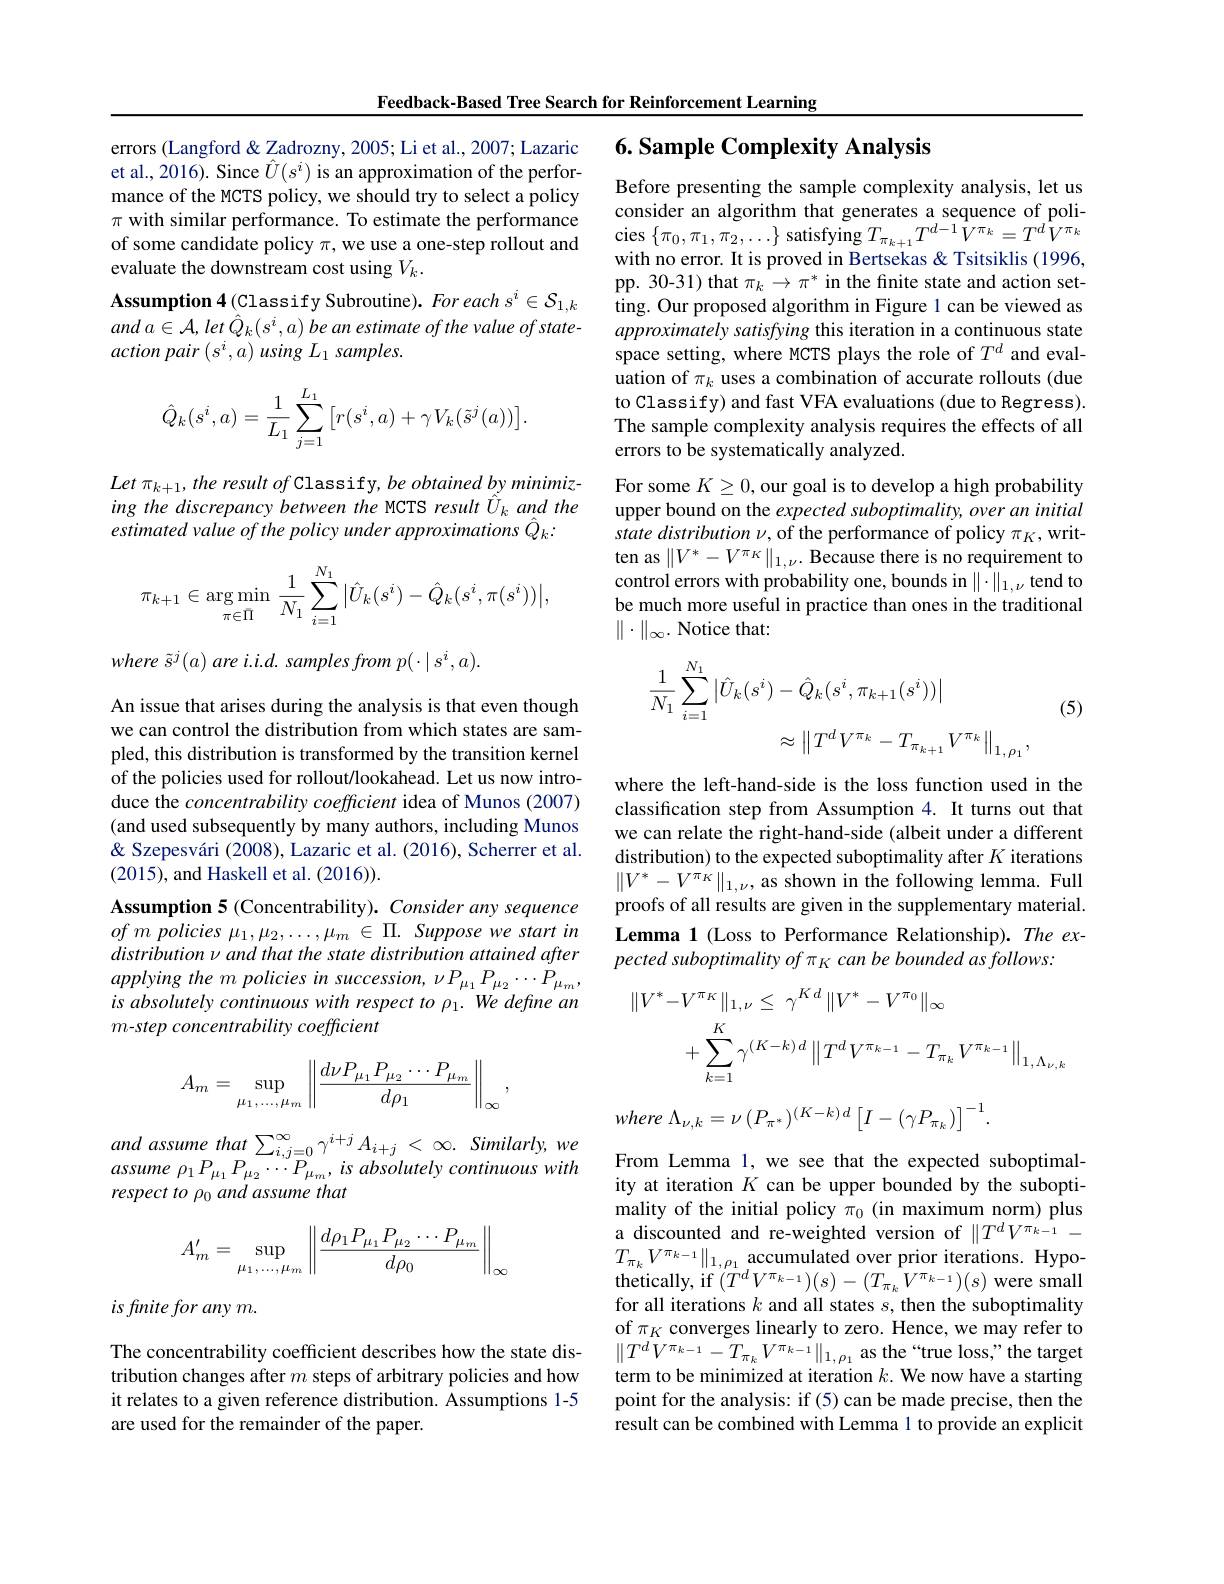
Feedback-Based Tree Search for Reinforcement Learning

errors (Langford & Zadrozny, 2005; Li et al., 2007; Lazaric et al., 2016). Since $\hat{U}(s^i)$ is an approximation of the performance of the MCTS policy, we should try to select a policy $\pi$ with similar performance. To estimate the performance of some candidate policy $\pi$, we use a one-step rollout and evaluate the downstream cost using $V_k.$
Assumption 4(Classify Subroutine). For each $s^i\in\mathcal{S}_{1,k}$ and $a\in {\mathcal{A} }, let$ $\dot{\hat{Q} } _{k}( s^{i}, a)$ $\dot{b} e$ $an$ estimate $of$ the value $of$ $state-$ action pair $(s^i,a)$ using $L_1\textit{samples. }$
$$\hat{Q}_k(s^i,a)=\frac{1}{L_1}\sum_{j=1}^{L_1}\begin{bmatrix}r(s^i,a)+\gamma V_k(\tilde{s}^j(a))\end{bmatrix}.$$
Let $\pi _{k+ 1}$, the result $of$ Classify, be obtained by minimiz- ing the discrepancy between the MCTS result $\hat{U}_k$ and the estimated value of the policy under approximations $\hat{Q}_k:$
$$\pi_{k+1}\in\underset{\pi\in\bar{\Pi}}{\arg\min}\:\frac{1}{N_1}\sum_{i=1}^{N_1}\big|\hat{U}_k(s^i)-\hat{Q}_k(s^i,\pi(s^i))\big|,$$
$where~\tilde{s}^{j}(a)~are~i.i.d.~samples~from~p(\cdot\mid s^{i},a).$

An issue that arises during the analysis is that even though we can control the distribution from which states are sampled, this distribution is transformed by the transition kernel of the policies used for rollout/lookahead. Let us now introduce the concentrability coefficient idea of Munos (2007) (and used subsequently by many authors, including Munos & Szepesvári (2008), Lazaric et al. (2016), Scherrer et al. (2015), and Haskell et al. (2016)).
Assumption 5 (Concentrability). Consider any sequence $ofmpolicies~\mu_1,\mu_2,\ldots,\mu_m~\in~\Pi.~Suppose~we~start~in$ distribution $\nu$ and that the state distribution attained after applying the m policies in succession, v P $P_{\mu_1}P_{\mu_2}\cdots P_{\mu_m}$, is absolutely continuous with respect to $\rho _1. \textit{We define an}$ m-step concentrability coefficient
$$A_m=\sup\limits_{\mu_1,\dots,\mu_m}\left\|\frac{d\nu P_{\mu_1}P_{\mu_2}\cdots P_{\mu_m}}{d\rho_1}\right\|_\infty,$$
and assume that $\sum _{i, j= 0}^{\infty }\gamma ^{i+ j}A_{i+ j}$ < $\infty .$ $Similarly$, $we$ assume $\rho _{1}P_{\mu _{1}}P_{\mu _{2}}\cdots P_{\mu _{m}}, is$ absolutely continuous with respect to po and assume that
$$A_m'=\sup_{\mu_1,...,\mu_m}\left\|\frac{d\rho_1P_{\mu_1}P_{\mu_2}\cdots P_{\mu_m}}{d\rho_0}\right\|_\infty $$
is finite for any m.

The concentrability coefficient describes how the state distribution changes after $m$ steps of arbitrary policies and how it relates to a given reference distribution. Assumptions 1-5 are used for the remainder of the paper.

## $6. \textbf{Sample Complexity Analysis}$

Before presenting the sample complexity analysis, let us consider an algorithm that generates a sequence of poli- $\operatorname{cies}\left\{\pi_{0},\pi_{1},\pi_{2},\ldots\right\}$satisfying$T_\pi_{k+1}T^{d-1}V^{\pi_{k}}=T^{d}V^{\pi_{k}}$ with no error. It is proved in Bertsekas & Tsitsiklis (1996, pp. 30-31) that $\pi_k\to\pi^*$ in the finite state and action setting. Our proposed algorithm in Figure 1 can be viewed as approximately satisfying this iteration in a continuous state space setting, where MCTS plays the role of $T^d$ and evaluation of $\pi_k$ uses a combination of accurate rollouts (due to Classify) and fast VFA evaluations (due to Regress). The sample complexity analysis requires the effects of all errors to be systematically analyzed.
For some $K\geq0$, our goal is to develop a high probability upper bound on the expected suboptimality, over an initial state distribution $\nu$, of the performance of policy $\pi_K$,written as $\|V^*-V^{\pi_K}\|_{1,\nu}.$ Because there is no requirement to control errors with probability one, bounds in $\|\cdot\|_{1,\nu}$ tend to be much more useful in practice than ones in the traditional $\|\cdot\|_\infty.$ Notice that:
$$\begin{aligned}\frac{1}{N_{1}}\sum_{i=1}^{N_{1}}\left|\hat{U}_{k}(s^{i})-\hat{Q}_{k}(s^{i},\pi_{k+1}(s^{i}))\right|\\&\approx\left\|T^{d}V^{\pi_{k}}-T_{\pi_{k+1}}V^{\pi_{k}}\right\|_{1,\rho_{1}},\end{aligned}$$
(5)

where the left-hand-side is the loss function used in the classification step from Assumption 4. It turns out that we can relate the right-hand-side (albeit under a different distribution) to the expected suboptimality after $K$ iterations $\| V^{* }- V^{\pi ^{\prime }K}\| _{1, \nu }, \textbf{as shown in the following lemma. Full}$ proofs of all results are given in the supplementary material. Lemma 1 (Loss to Performance Relationship).The expected suboptimality of π K can be bounded as follows:
$$\begin{aligned}\|V^{*}-V^{\pi_{K}}\|_{1,\nu}&\leq\:\gamma^{K\:d}\:\|V^{*}-V^{\pi_{0}}\|_{\infty}\\&+\sum_{k=1}^{K}\gamma^{(K-k)\:d}\left\|T^{d}V^{\pi_{k-1}}-T_{\pi_{k}}V^{\pi_{k-1}}\right\|_{1,\Lambda_{\nu,k}}\end{aligned}$$
$$\cdot\Lambda_{\nu,k}=\nu\:(P_{\pi^{*}})^{(K-k)\:d}\left[I-(\gamma P_{\pi_{k}})\right]^{-1}.$$
From Lemma 1, we see that the expected suboptimality at iteration $K$ can be upper bounded by the suboptimality of the initial policy $\pi_0$ (in maximum norm) plus a discounted and re-weighted version of $\|T^dV^{\pi_{k-1}}-$ $T_{\pi_{k}}V^{\pi_{k-1}}\|_{1,\rho_{1}}$accumulated over prior iterations. Hypothetically, if $(T^dV^{\pi_{k-1}})(s)-(T_{\pi_{k}}\hat{V}^{\pi_{k-1}})(s)$ were small for all iterations $k$ and all states $s$, then the suboptimality of $\pi_K$ converges linearly to zero. Hence, we may refer to $\|T^{d}V^{\pi_{k-1}}-T_{\pi_{k}}V^{\pi_{k-1}}\|_{1,\rho_{1}}$ as the“true loss,”the target term to be minimized at iteration $k.$ We now have a starting point for the analysis: if (5) can be made precise, then the result can be combined with Lemma 1 to provide an explicit